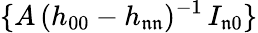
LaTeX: \{ A\, (h_{00}-h_{\mathfrak{n}\mathfrak{n}})^{-1}\, I_{\mathfrak{n}0}\}